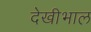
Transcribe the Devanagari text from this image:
देखीभाल